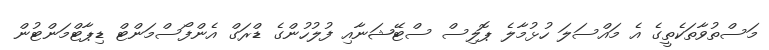
މަސްތުވާތަކެތީގެ އެ މައްސަލަ ހުޅުމާލެ ޕޮލިސް ސްޓޭޝަނާއި ފުލުހުންގެ ޑްރަގް އެންފޯސްމަންޓް ޑިޕާޓްމަންޓުން